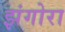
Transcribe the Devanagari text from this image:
झंगोरा